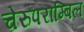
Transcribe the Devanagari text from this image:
चेरुपराम्बिल